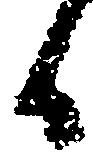
候